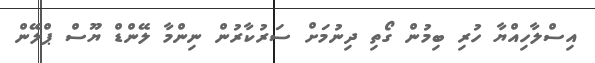
އިސްލާހިއްޔާ ހުރި ބިމުން ގޯތި ދިނުމަށް ސަރުކާރުން ނިންމާ ލޭންޑް ޔޫސް ޕްލޭން